画像に写った文字を読んでください
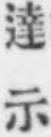
「達示」と書いてあります